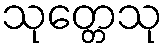
သုတ္တေသု